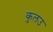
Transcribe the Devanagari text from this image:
कुलउ